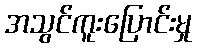
အသွင်ကူးပြောင်းမှု